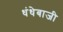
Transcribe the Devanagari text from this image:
धंधेबाजी